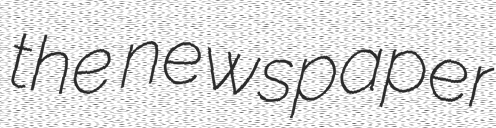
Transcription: the newspaper